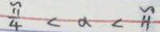
\frac { \pi } { 4 } < \alpha < \pi